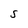
Character: S